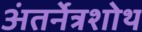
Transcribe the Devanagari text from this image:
अंतर्नेत्रशोथ